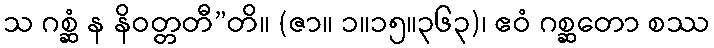
သ ဂစ္ဆံ န နိဝတ္တတီ”တိ။ (ဇာ။ ၁။၁၅။၃၆၃)၊ ဧဝံ ဂစ္ဆတော စဿ